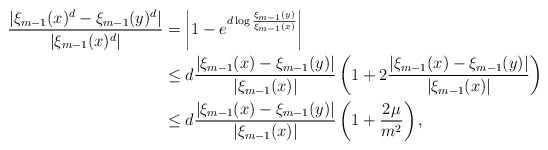
\begin{align*}\frac{|\xi_{m-1}(x)^d-\xi_{m-1}(y)^d|}{|\xi_{m-1}(x)^d|}& =\left|1-e^{d \log \frac{\xi_{m-1}(y)}{\xi_{m-1}(x)}}\right|\\& \le d \frac{|\xi_{m-1}(x)-\xi_{m-1}(y)|}{|\xi_{m-1}(x)|} \left(1+2\frac{|\xi_{m-1}(x)-\xi_{m-1}(y)|}{|\xi_{m-1}(x)|}\right)\\& \le d \frac{|\xi_{m-1}(x)-\xi_{m-1}(y)|}{|\xi_{m-1}(x)|}\left(1+\frac{2\mu}{ m^2}\right),\end{align*}